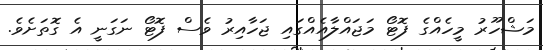
މަޝްހޫރު މީހެއްގެ ފޮޓޯ މަޖައްލާއެއްގައި ޖަހާއިރު ވެސް ފޮޓޯ ނަގަނީ އެ ގޮތަށެވެ.